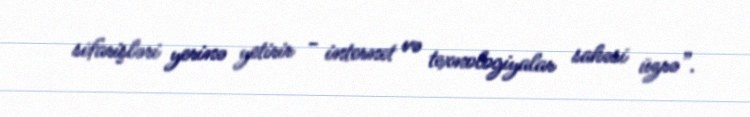
sifarişləri yerinə yetirir - internet və texnologiyalar sahəsi üzrə”.